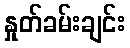
နှုတ်ခမ်းချင်း